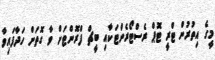
މީގެ އިތުރުން ޓްރީ ޓޮޕް ރެސްޓޯރެންޓަކާއި ބީޗް ފްރޮންޓަށް ވާ ގޮތަށް ހަދާފައިވާ